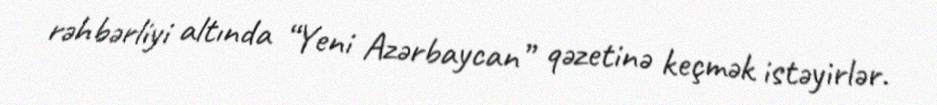
rəhbərliyi altında “Yeni Azərbaycan” qəzetinə keçmək istəyirlər.